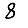
Digit: 8